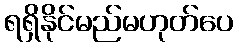
ရရှိနိုင်မည်မဟုတ်ပေ